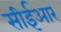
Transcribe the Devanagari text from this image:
सीईआर